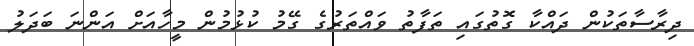
ދިރާސާތަކުން ދައްކާ ގޮތުގައި ތަފާތު ވައްތަރުގެ ގޭމު ކުޅުމުން މީހާއަށް އަންނަ ބަދަލު